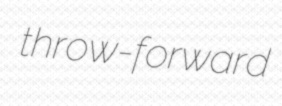
throw-forward